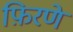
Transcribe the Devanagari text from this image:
फ़िरणे